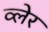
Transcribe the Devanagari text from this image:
व्‍लेर